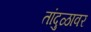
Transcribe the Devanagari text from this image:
तांदुळावर